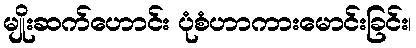
မျိုးဆက်ဟောင်း ပုံစံဟာကားမောင်းခြင်း၊